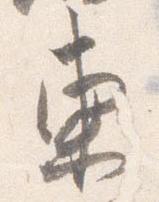
東